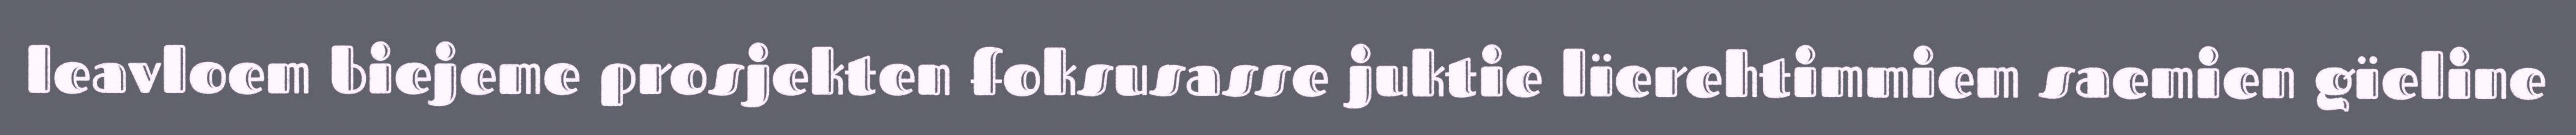
leavloem biejeme prosjekten foksusasse juktie lïerehtimmiem saemien gïeline